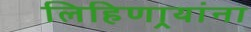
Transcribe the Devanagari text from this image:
लिहिणार्‍यांना